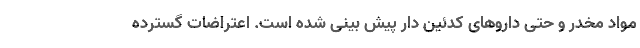
مواد مخدر و حتی داروهای کدئین دار پیش بینی شده است. اعتراضات گسترده